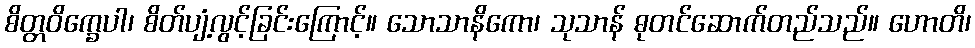
စိတ္တဝိက္ခေပါ၊ စိတ်ပျံ့လွင့်ခြင်းကြောင့်။ သောသာနိကော၊ သုသာန် ဓုတင်ဆောက်တည်သည်။ ဟောတိ၊